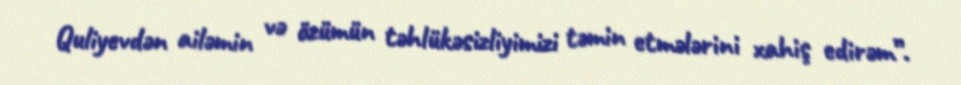
Quliyevdən ailəmin və özümün təhlükəsizliyimizi təmin etmələrini xahiş edirəm”.